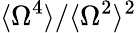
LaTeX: \langle\Omega^{4}\rangle/\langle\Omega^{2}\rangle^{2}